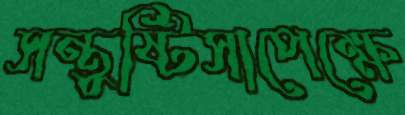
সন্তুষ্টিসাপেক্ষে